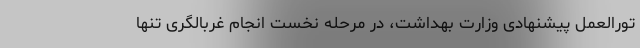
تورالعمل پیشنهادی وزارت بهداشت، در مرحله نخست انجام غربالگری تنها